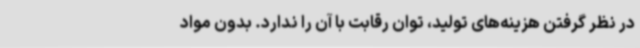
در نظر گرفتن هزینه‌های تولید، توان رقابت با آن را ندارد. بدون مواد